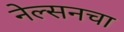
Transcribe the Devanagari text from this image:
नेल्सनचा